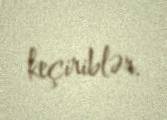
keçiriblər.